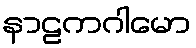
နာဠကဂါမော